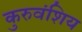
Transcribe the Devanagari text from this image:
कुरुवंशिय